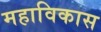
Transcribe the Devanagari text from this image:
महाविकास